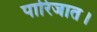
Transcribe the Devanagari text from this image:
पारिजात।